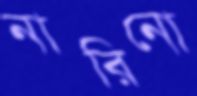
নারিনো